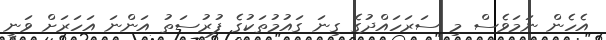
އެހެން ނަމަވެސް މި ސަރަހައްދުގެ ގިނަ ގައުމުތަކުގެ ފުރުސަތު އަންނަ އަހަރަށް ވަނީ